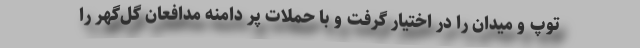
توپ و میدان را در اختیار گرفت و با حملات پر دامنه مدافعان گل‌گهر را